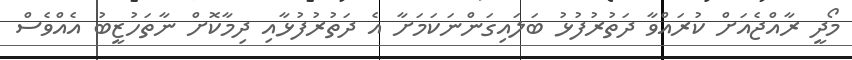
މޯދީ ރާއްޖެއަށް ކުރައްވާ ދަތުރުފުޅު ބަލައިގަންނަކަމަށާ އެ ދަތުރުފުޅާއި ދިމާކޮށް ނާތަހުޒީބު އެއްވެސް